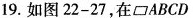
19.如图22-27，在□ABCD